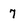
Character: 7